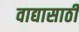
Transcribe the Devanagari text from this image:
वाद्यासाठी